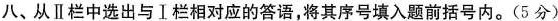
八、从Ⅱ栏中选出与Ⅰ栏相对应的答语，将其序号填入题前括号内。（5分）